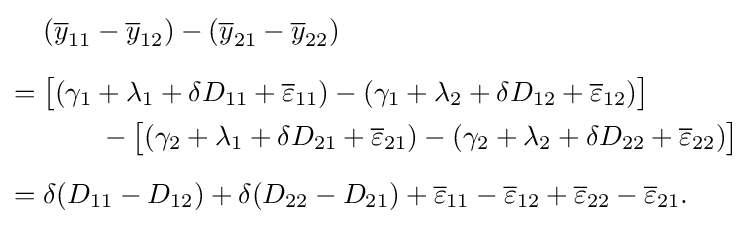
{\begin{aligned}&({\overline {y}}_{11}-{\overline {y}}_{12})-({\overline {y}}_{21}-{\overline {y}}_{22})\\[6pt]={}&{\big [}(\gamma _{1}+\lambda _{1}+\delta D_{11}+{\overline {\varepsilon }}_{11})-(\gamma _{1}+\lambda _{2}+\delta D_{12}+{\overline {\varepsilon }}_{12}){\big ]}\\&\qquad {}-{\big [}(\gamma _{2}+\lambda _{1}+\delta D_{21}+{\overline {\varepsilon }}_{21})-(\gamma _{2}+\lambda _{2}+\delta D_{22}+{\overline {\varepsilon }}_{22}){\big ]}\\[6pt]={}&\delta (D_{11}-D_{12})+\delta (D_{22}-D_{21})+{\overline {\varepsilon }}_{11}-{\overline {\varepsilon }}_{12}+{\overline {\varepsilon }}_{22}-{\overline {\varepsilon }}_{21}.\end{aligned}}